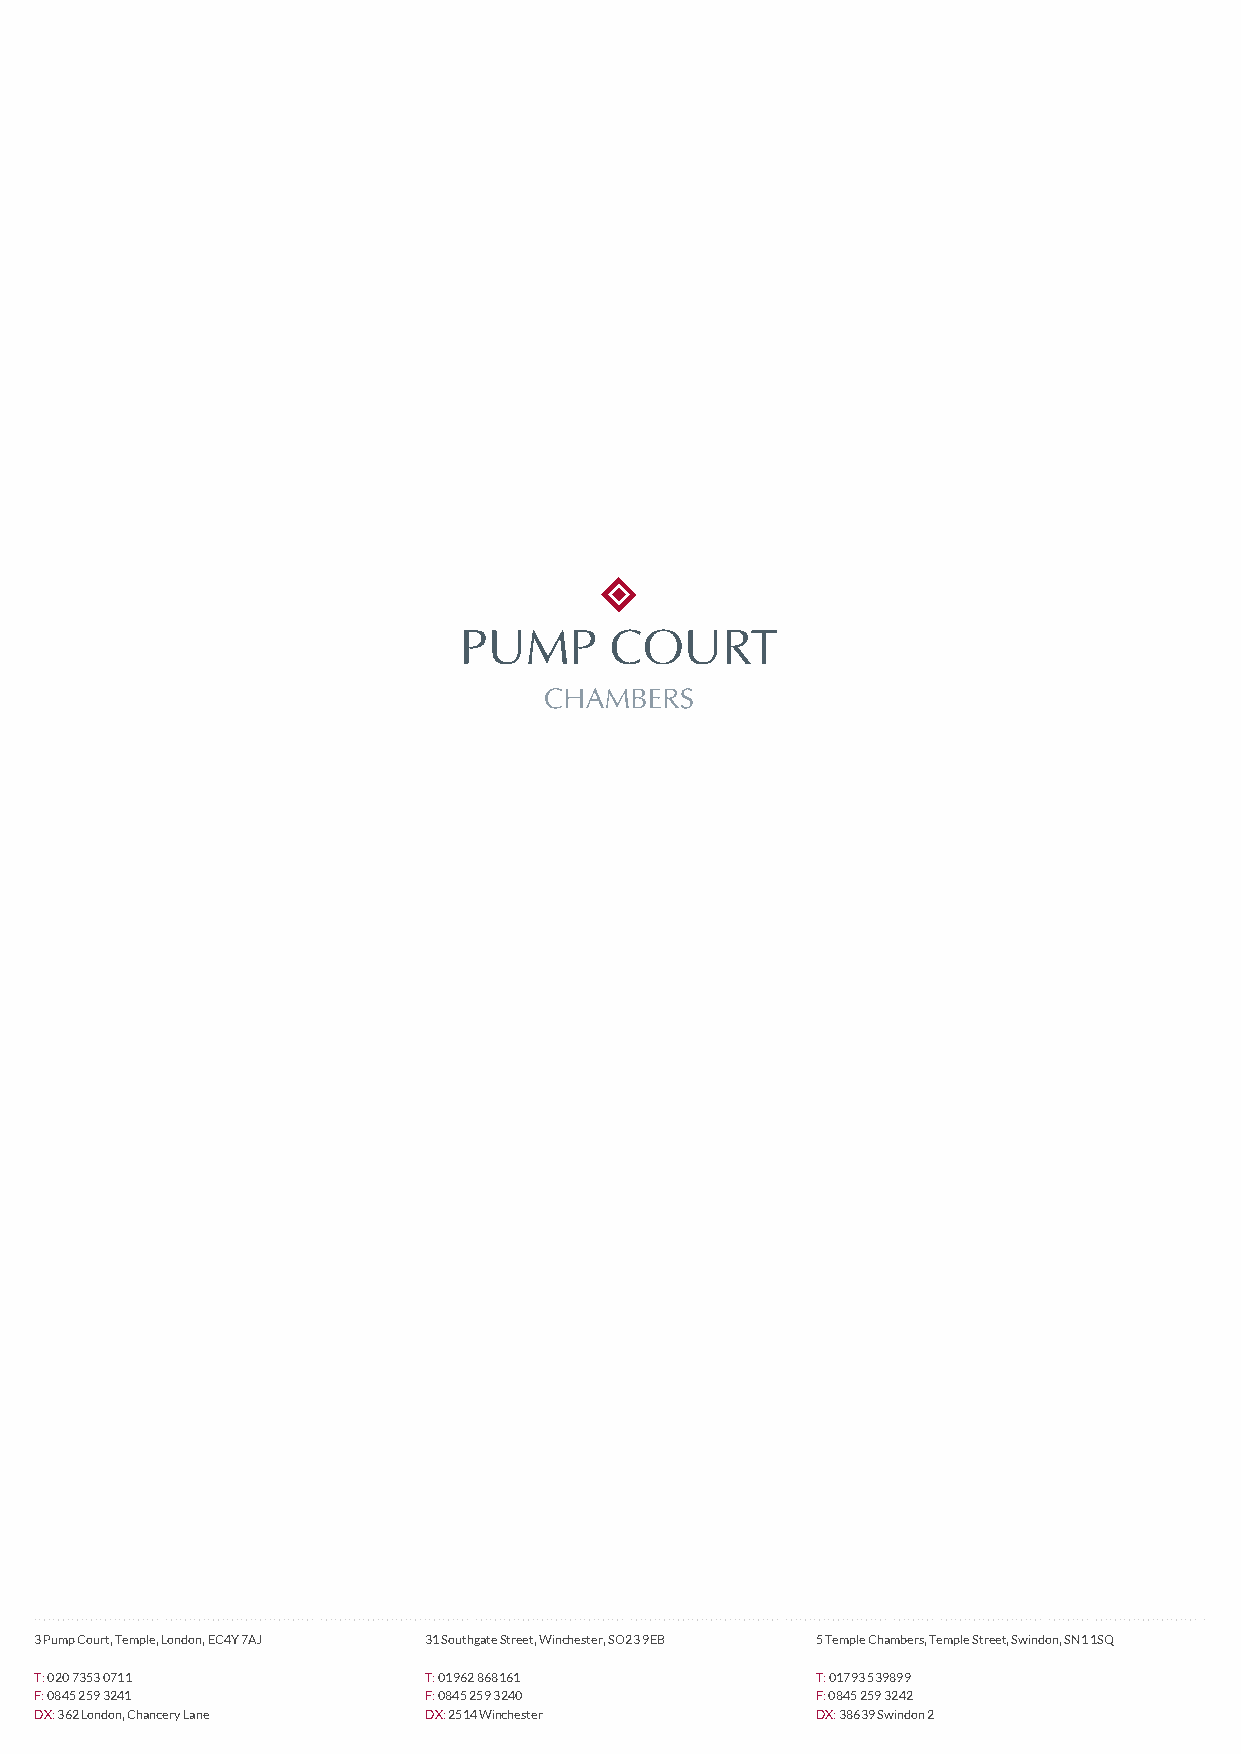
Rebekah     Batt
 3 Pump Court, Temple, London, EC4Y 7AJ 31 Southgate Street, Winchester, SO23 9EB 5 Temple Chambers, Temple Street, Swindon, SN1 1SQ
 T: 020 7353 0711          T: 01962 868161           T: 01793 539899
 F: 0845 259 3241          F: 0845 259 3240          F: 0845 259 3242
 DX: 362 London, Chancery Lane DX: 2514 Winchester   DX: 38639 Swindon 2